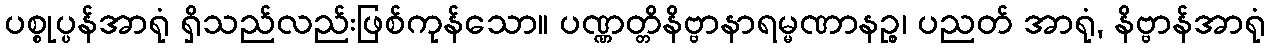
ပစ္စုပ္ပန်အာရုံ ရှိသည်လည်းဖြစ်ကုန်သော။ ပဏ္ဏတ္တိနိဗ္ဗာနာရမ္မဏာနဉ္စ၊ ပညတ် အာရုံ, နိဗ္ဗာန်အာရုံ